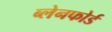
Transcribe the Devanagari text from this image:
ब्लेनफोर्ड